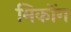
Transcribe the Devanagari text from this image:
मिकोंग